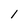
Character: l